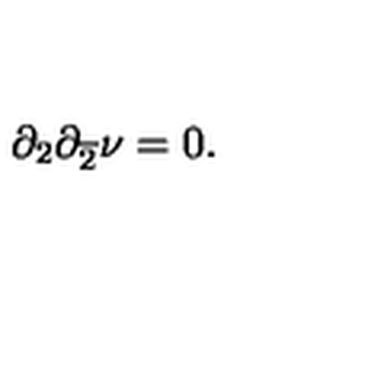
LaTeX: \partial _ { 2 } \partial _ { \overline { { 2 } } } \nu = 0 .